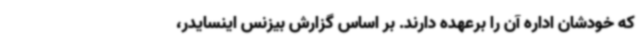
که خودشان اداره آن را برعهده دارند. بر اساس گزارش بیزنس اینسایدر،